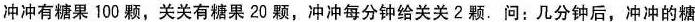
冲冲有糖果 100 颗，关关有糖果 20 颗，冲冲每分钟给关关 2 颗. 问：几分钟后，冲冲的糖